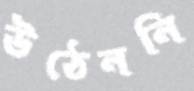
উঠেননি